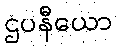
ဌပနီယော